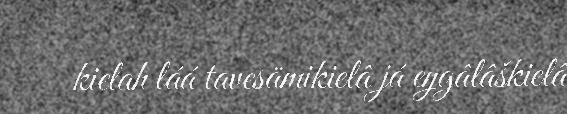
kielah láá tavesämikielâ já eŋgâlâškielâ